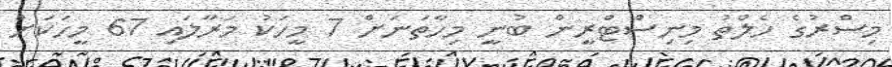
މިސްރުގެ ހެލްތު މިނިސްޓްރީން ބުނީ މިހާތަނަށް 7 މީހަކު މަރާލައި 67 މީހަކަށް